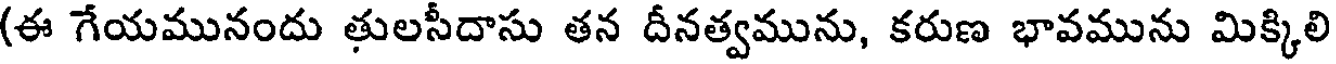
(ఈ గేయమునందు తులసీదాసు తన దీనత్వమును, కరుణ భావమును మిక్కిలి